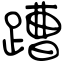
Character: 蹧